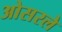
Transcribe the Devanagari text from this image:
ओसरले